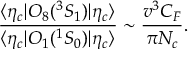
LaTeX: { \frac { \langle \eta _ { c } | { \cal O } _ { 8 } ( { } ^ { 3 } S _ { 1 } ) | \eta _ { c } \rangle } { \langle \eta _ { c } | { \cal O } _ { 1 } ( { } ^ { 1 } S _ { 0 } ) | \eta _ { c } \rangle } } \sim { \frac { v ^ { 3 } C _ { F } } { \pi N _ { c } } } .